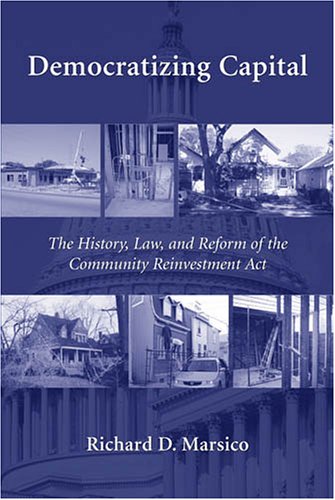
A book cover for Democratizing Capital: The History, Law And Reform of the Community Reinvestment Act; Richard Marsico; Law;